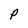
Character: P